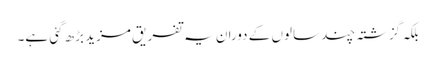
بلکہ گزشتہ چند سالوں کے دوران یہ تفریق مزید بڑھ گئی ہے۔